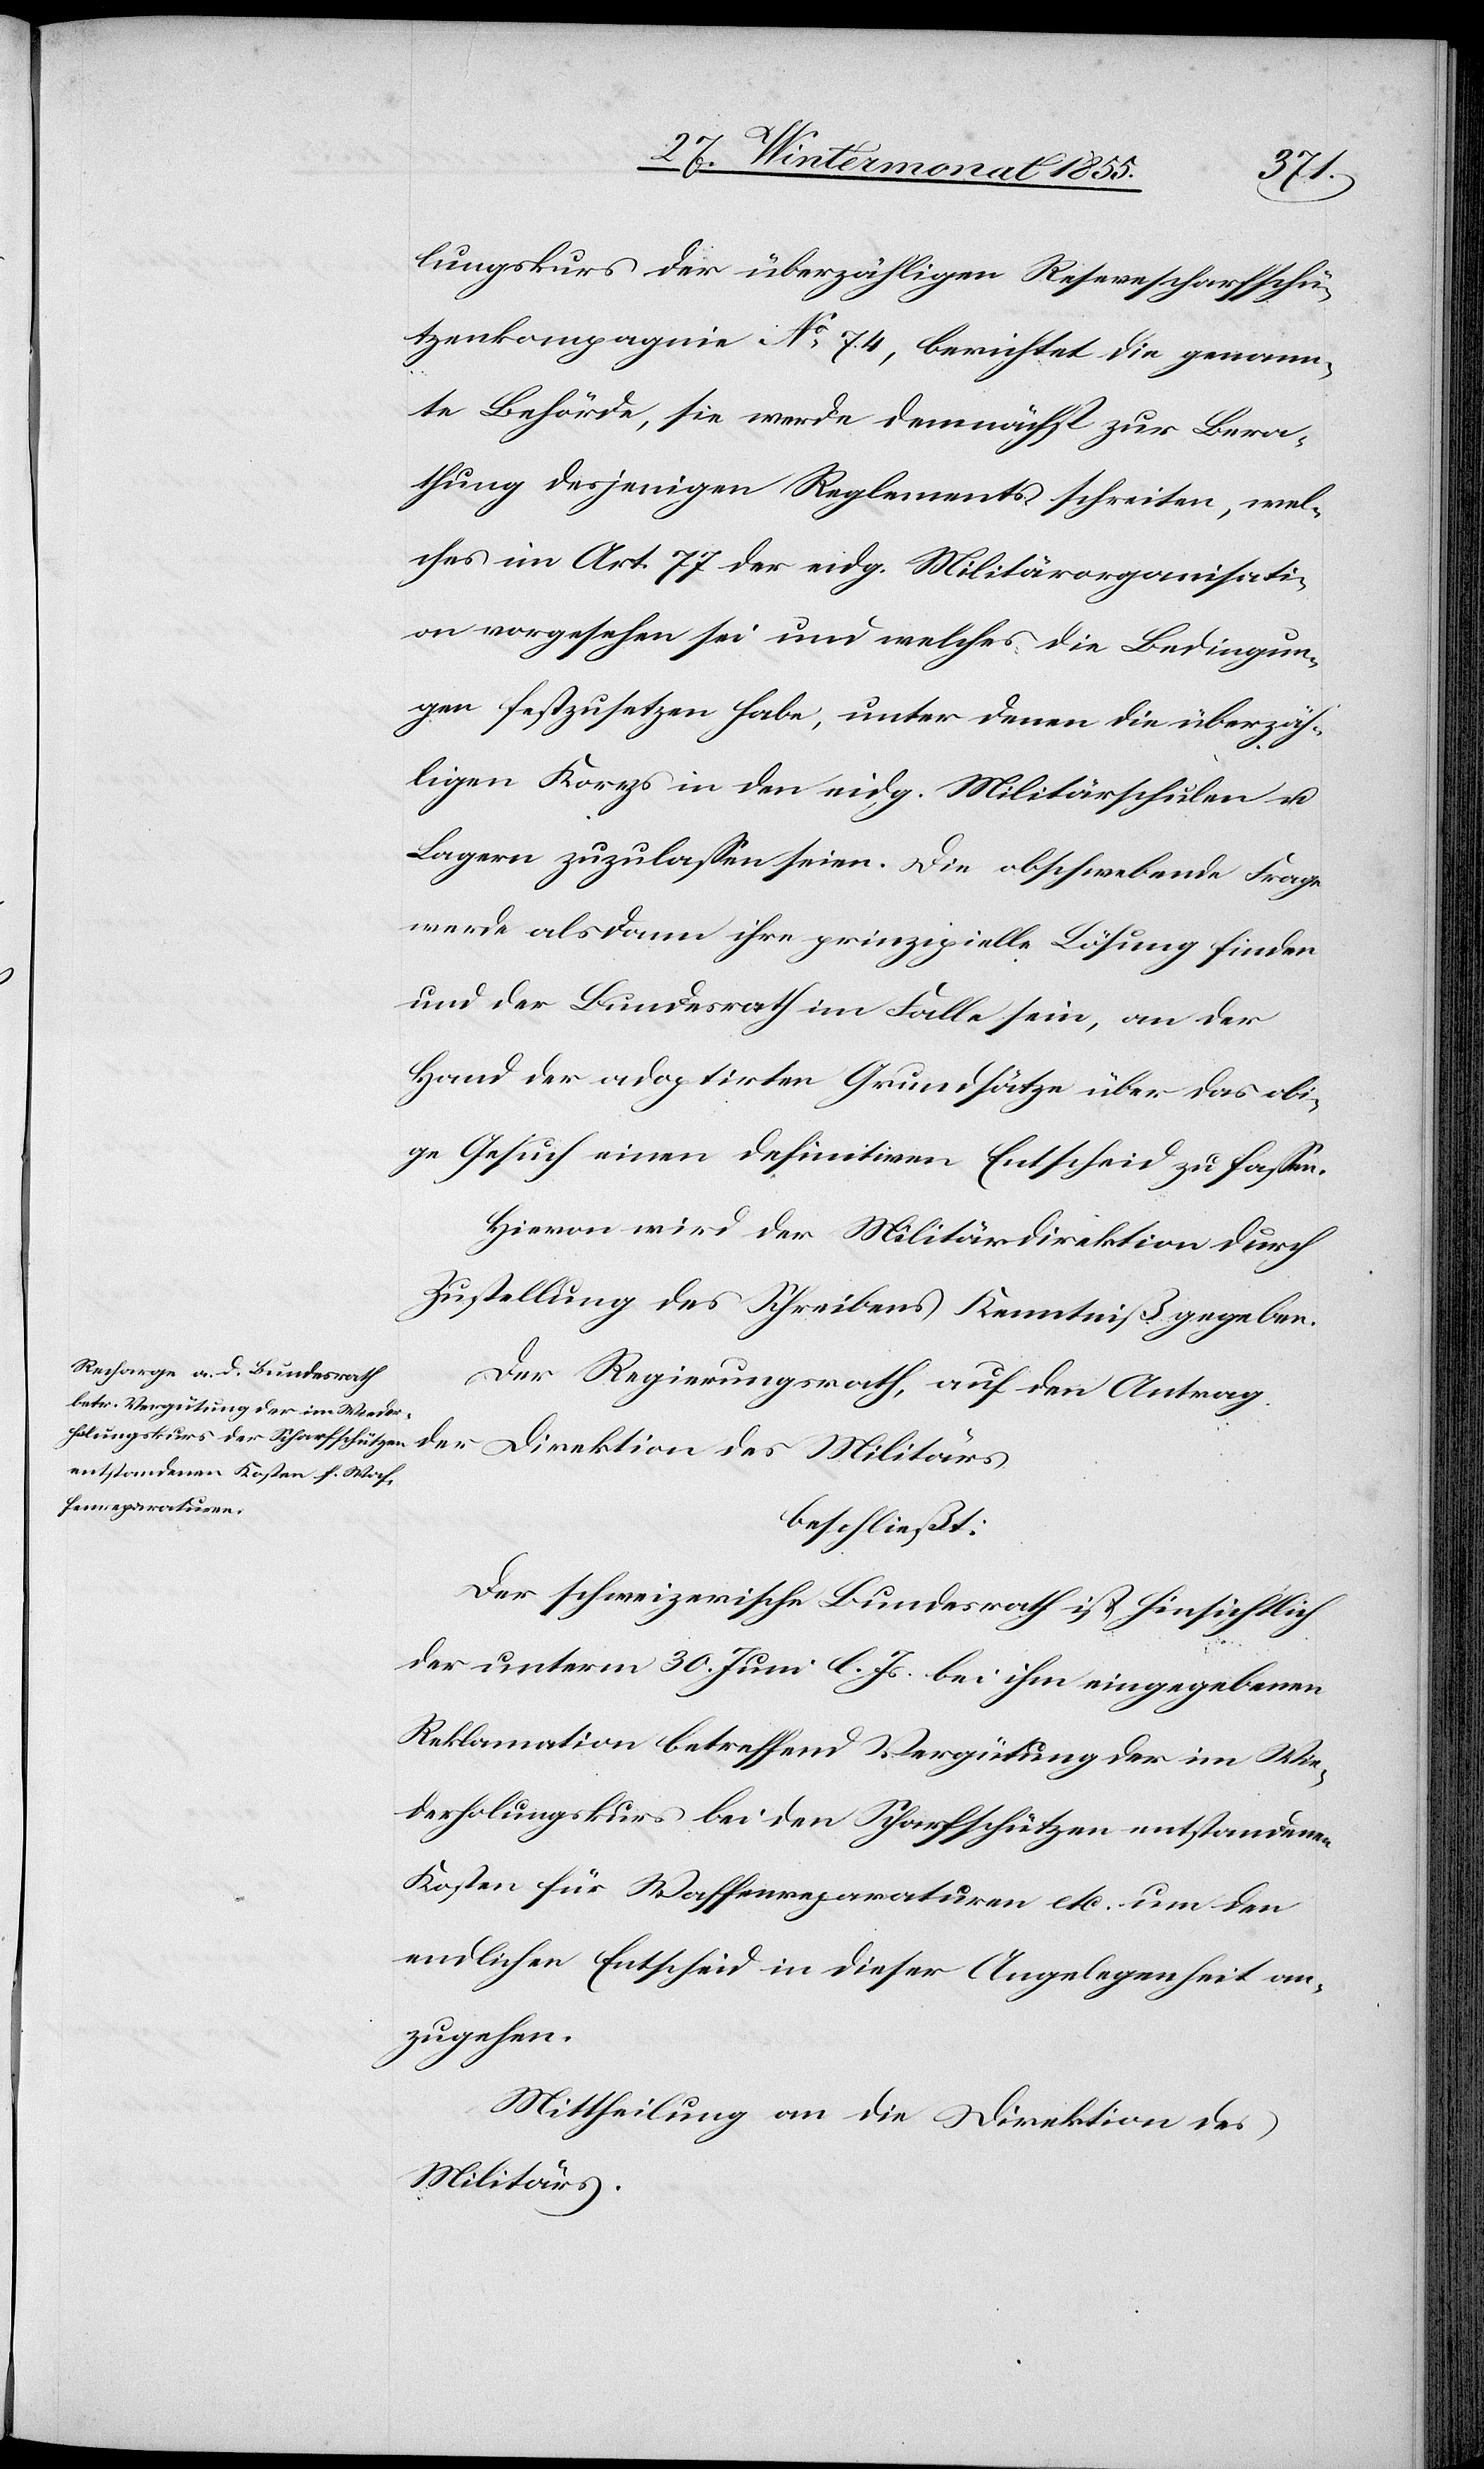
der
lungskurs der überzähligen Reservescharfschü¬
tzenkompagnie No 74, berichtet die genann¬
te Behörde, sie werde demnächst zur Bera¬
thung desjenigen Reglements schreiten, wel¬
ches im Art. 77 der eidg. Militärorganisati¬
on vorgesehen sei und welches die Bedingun¬
gen festzusetzen habe, unter denen die überzäh¬
ligen Korps in den eidg. Militärschulen u.
Lagern zuzulassen seien. Die obschwebende Frage
werde alsdann ihre prinzipielle Lösung finden
und der Bundesrath im Falle sein, an der
Hand der adoptirten Grundsätze über das obi¬
ge Gesuch einen definitiven Entscheid zu fassen.
Hievon wird der Militärdirektion durch
Zustellung des Schreibens Kenntniß gegeben.
Der Regierungsrath, auf den Antrag
beschließt:
Der schweizerische Bundesrath ist hinsichtlich
der unterm 30. Juni l. Js. bei ihm eingegebenen
Reklamation betreffend Vergütung der im Wie¬
derholungskurs bei den Scharfschützen entstandenen
Kosten für Waffenreparaturen etc. um den
endlichen Entscheid in dieser Angelegenheit an¬
zugehen.
Mittheilung an die Direktion des
Militärs.